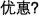
优惠？